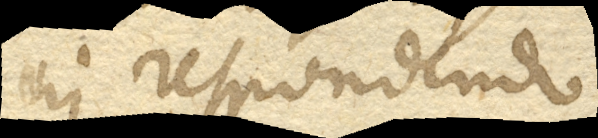
in respondendo